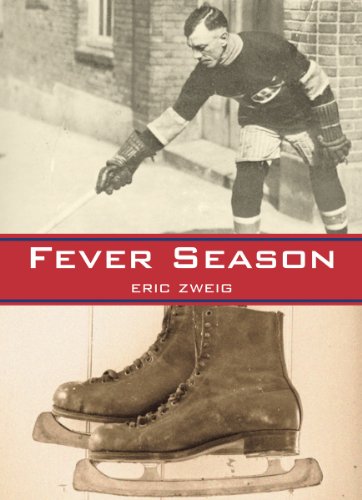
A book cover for Fever Season; Eric Zweig; Teen & Young Adult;